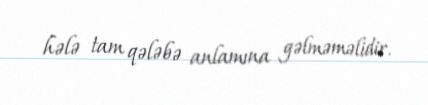
hələ tam qələbə anlamına gəlməməlidir.